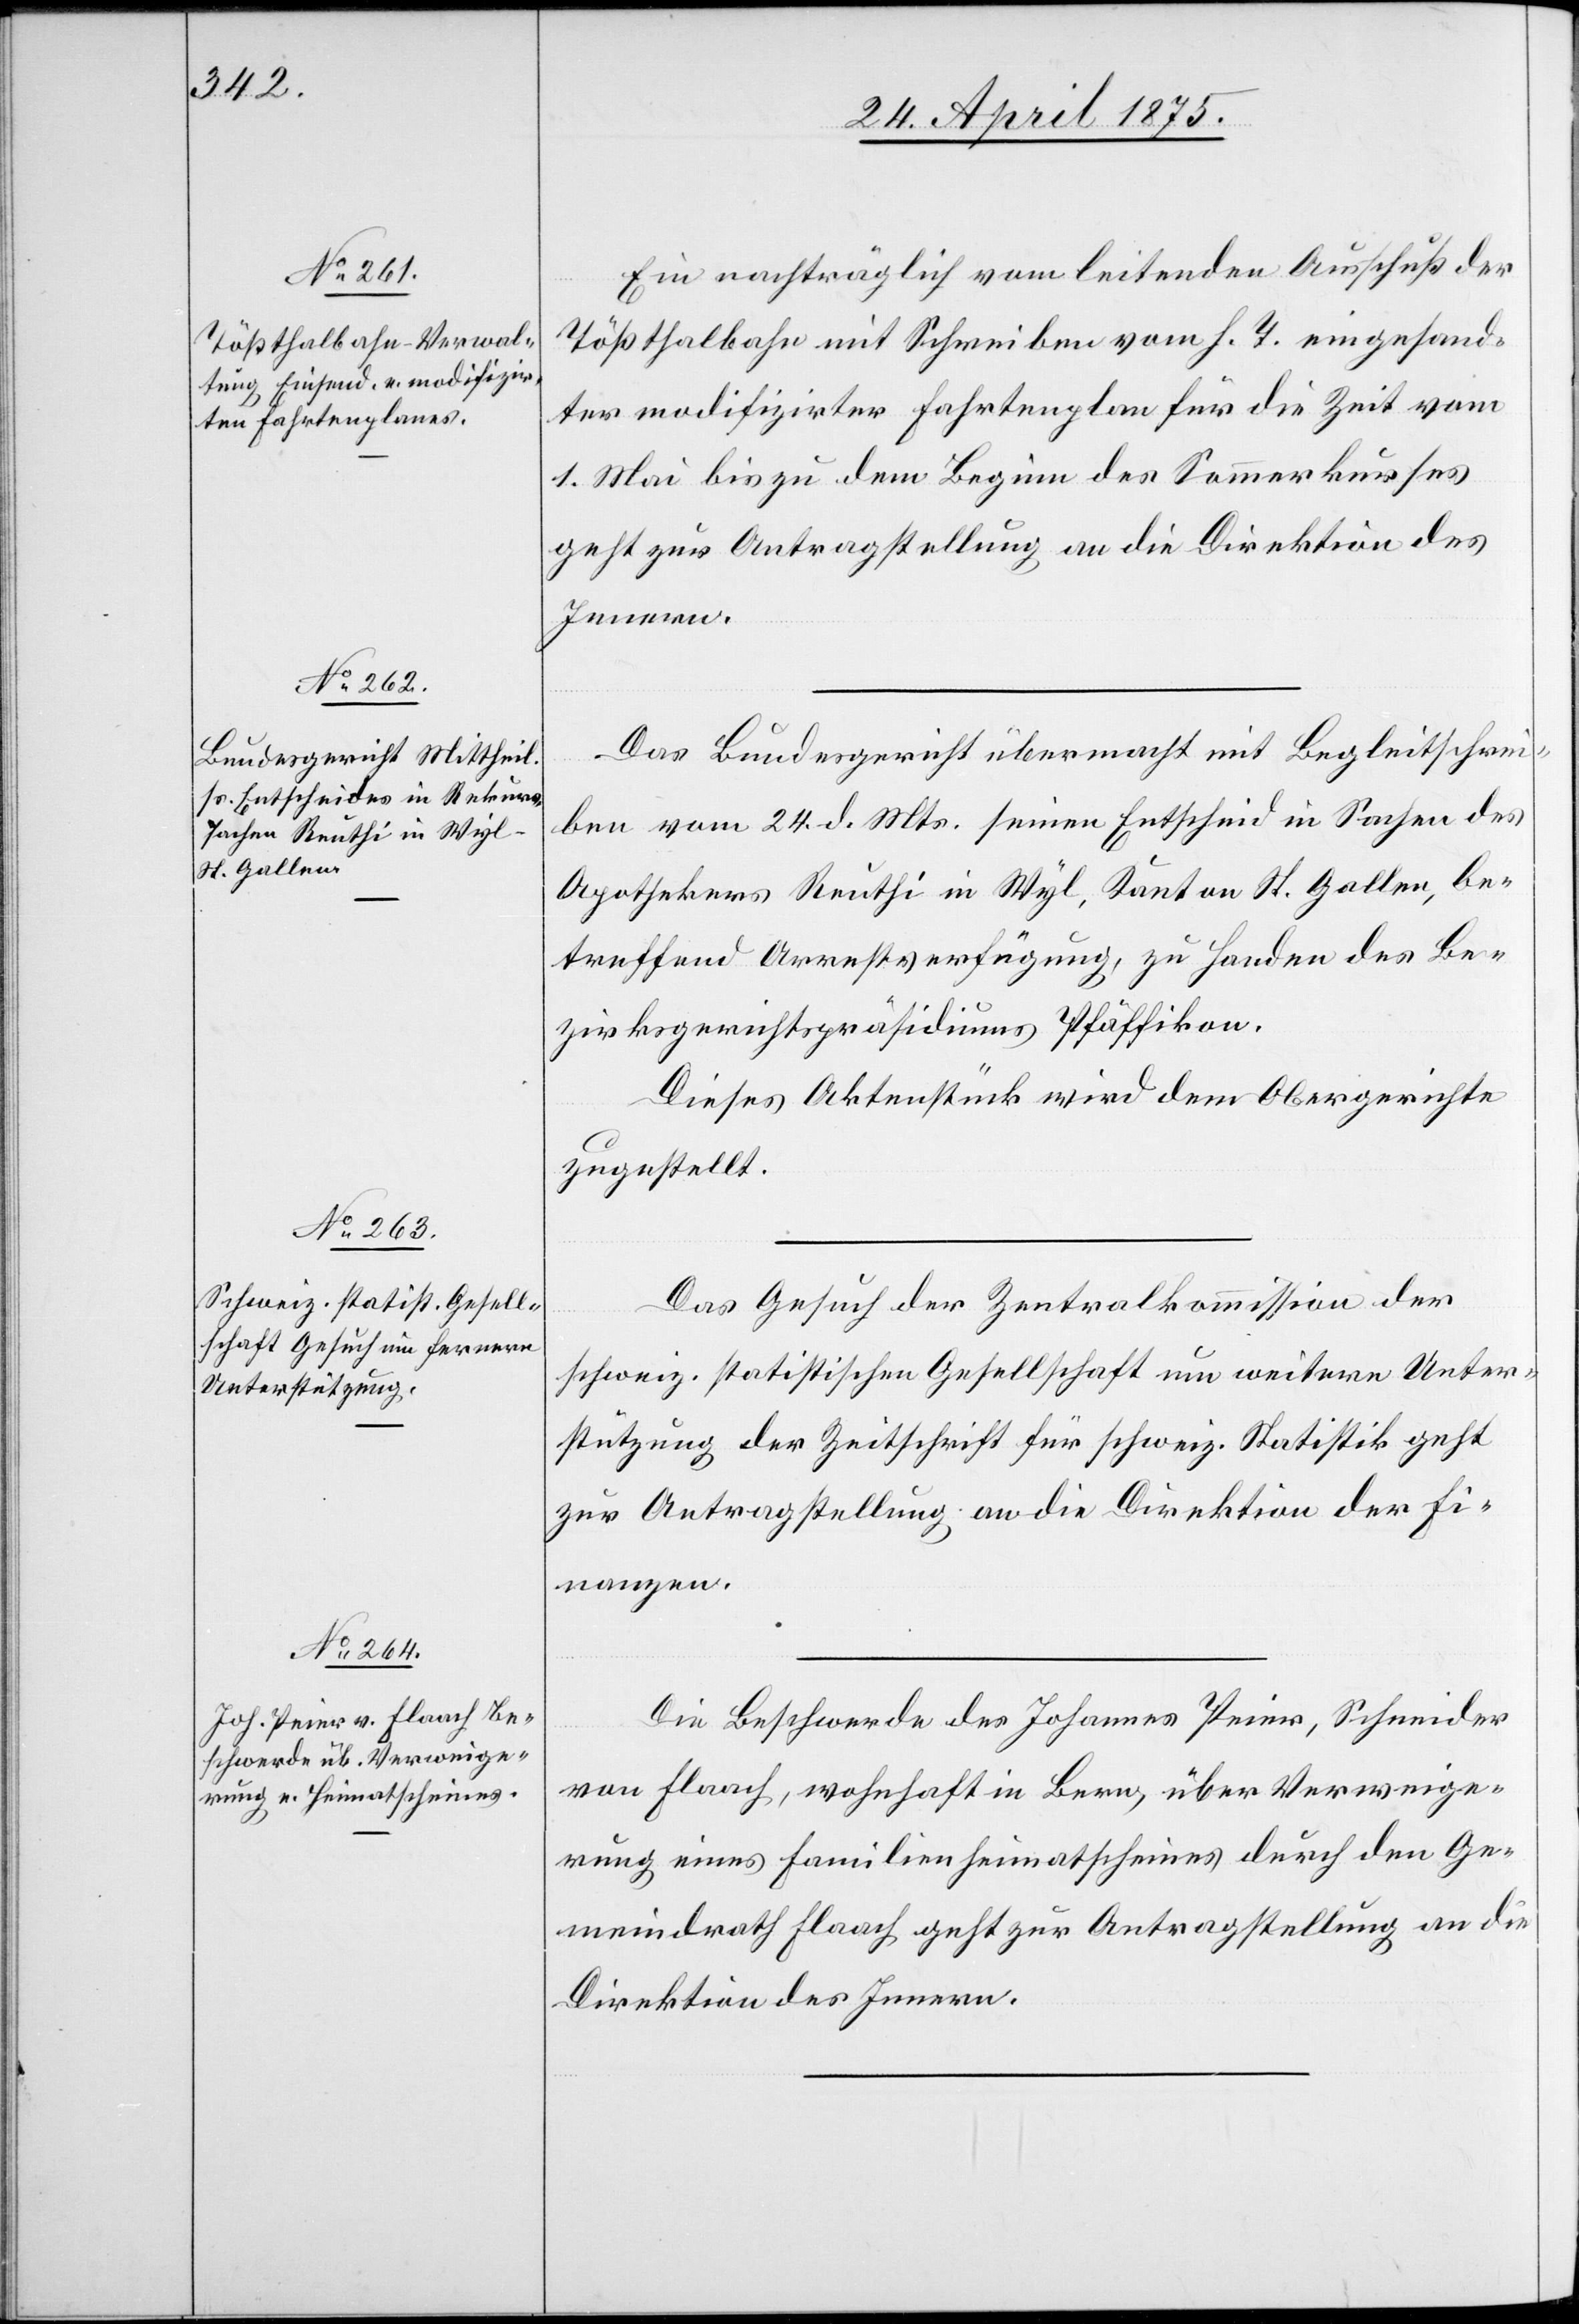
26. April 1875.]
Ein nachträglich vom leitenden Ausschuß der
Tößthalbahn mit Schreiben vom h. T. eingesand¬
ter modifizirter Fahrtenplan für die Zeit vom
1. Mai bis zu dem Beginn des Sommerkurses
geht zur Antragstellung an die Direktion des
Innern.
Das Bundesgericht übermacht mit Begleitschei¬
ben vom 24. d. Mts. seinen Entscheid in Sachen des
Apothekers Reuthi in Wyl, Kanton St. Gallen, Be¬
zirksgerichtspräsidiums in Pfäffikon.
Dieses Aktenstück wird dem Obergerichte
zugestellt.
Das Gesuch der Zentralkommission der
schweiz. statistischen Gesellschaft um weitere Unter¬
stützung der Zeitschrift für schweiz. Statistik geht
zur Antragstellung an die Direktion der Fi¬
nanzen.
Die Beschwerde des Johannes Peier, Schreiber
von Flaach, wohnhaft in Bern, über Verweige¬
rung seines Familienheimatscheines durch den Ge¬
meindrath Flaach geht zur Antragstellung an die
Direktion des Innern.